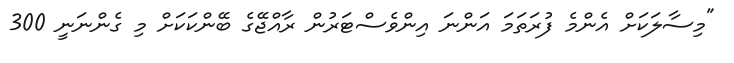
"މިސާލަކަށް އެންމެ ފުރަތަމަ އަންނަ އިންވެސްޓަރުން ރާއްޖޭގެ ބޭންކަކަށް މި ގެންނަނީ 300